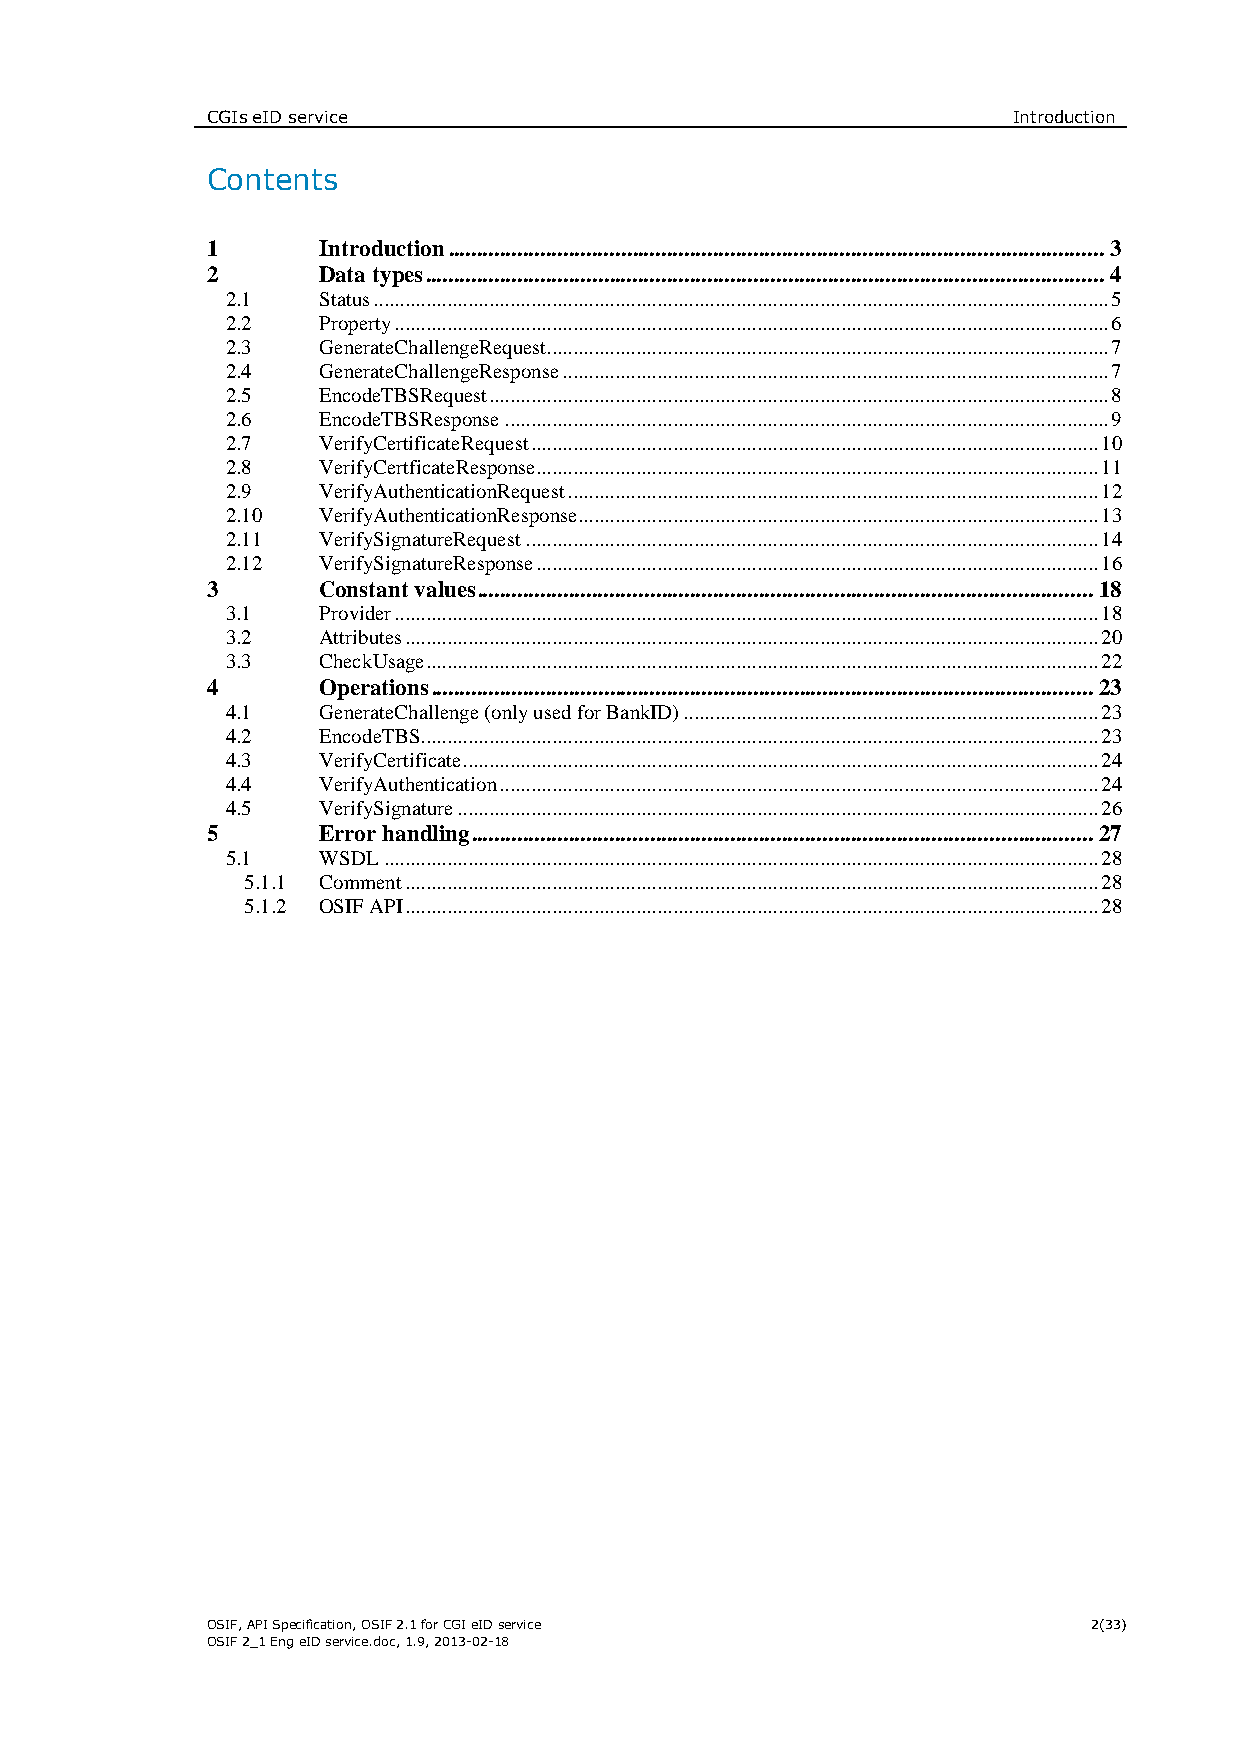
CGIs eID service                                     Introduction
 Contents
 1      Introduction .................................................................................................................. 3
 2      Data types ...................................................................................................................... 4
 2.1   Status ............................................................................................................................................ 5
 2.2   Property ........................................................................................................................................ 6
 2.3   GenerateChallengeRequest........................................................................................................... 7
 2.4   GenerateChallengeResponse ........................................................................................................ 7
 2.5   EncodeTBSRequest ...................................................................................................................... 8
 2.6   EncodeTBSResponse ................................................................................................................... 9
 2.7   VerifyCertificateRequest ............................................................................................................ 10
 2.8   VerifyCertficateResponse........................................................................................................... 11
 2.9   VerifyAuthenticationRequest ..................................................................................................... 12
 2.10  VerifyAuthenticationResponse ................................................................................................... 13
 2.11  VerifySignatureRequest ............................................................................................................. 14
 2.12  VerifySignatureResponse ........................................................................................................... 16
 3      Constant values ........................................................................................................... 18
 3.1   Provider ...................................................................................................................................... 18
 3.2   Attributes .................................................................................................................................... 20
 3.3   CheckUsage ................................................................................................................................ 22
 4      Operations ................................................................................................................... 23
 4.1   GenerateChallenge (only used for BankID) ............................................................................... 23
 4.2   EncodeTBS................................................................................................................................. 23
 4.3   VerifyCertificate ......................................................................................................................... 24
 4.4   VerifyAuthentication .................................................................................................................. 24
 4.5   VerifySignature .......................................................................................................................... 26
 5      Error handling ............................................................................................................ 27
 5.1   WSDL ........................................................................................................................................ 28
 5.1.1 Comment .................................................................................................................................... 28
 5.1.2 OSIF API .................................................................................................................................... 28
 OSIF, API Specification, OSIF 2.1 for CGI eID service     2(33)
 OSIF 2_1 Eng eID service.doc, 1.9, 2013-02-18